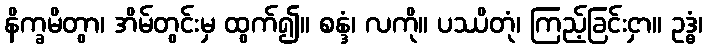
နိက္ခမိတွာ၊ အိမ်တွင်းမှ ထွက်၍။ စန္ဒံ၊ လကို။ ပဿိတုံ၊ ကြည့်ခြင်းငှာ။ ဥဒ္ဓံ၊